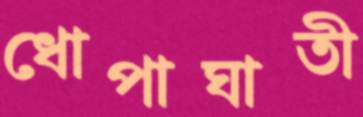
ধোপাঘাতী